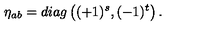
\eta _ { a b } = d i a g \left( ( + 1 ) ^ { s } , ( - 1 ) ^ { t } \right) .